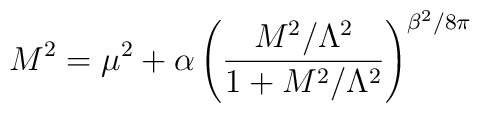
M^2=\mu^2+\alpha\left(\frac{M^2/\Lambda^2}{1+M^2/\Lambda^2}\right)^{\beta^2/8\pi}